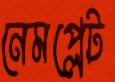
নেমপ্লেট